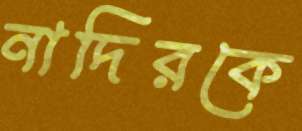
নাদিরকে